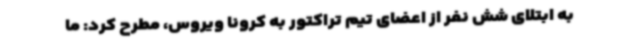
به ابتلای شش نفر از اعضای تیم تراکتور به کرونا ویروس، مطرح کرد: ما